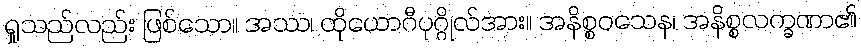
ရှုသည်လည်း ဖြစ်သော။ အဿ၊ ထိုယောဂီပုဂ္ဂိုလ်အား။ အနိစ္စဝသေန၊ အနိစ္စလက္ခဏာ၏